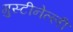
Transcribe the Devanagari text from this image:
गुस्टीनेल्ली